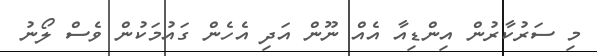
މި ސަރުކާރުން އިންޑިއާ އެއް ނޫން އަދި އެހެން ގައުމަކުން ވެސް ލޯނު